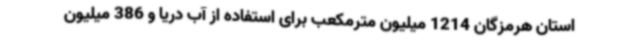
استان هرمزگان 1214 میلیون مترمکعب برای استفاده از آب دریا و 386 میلیون